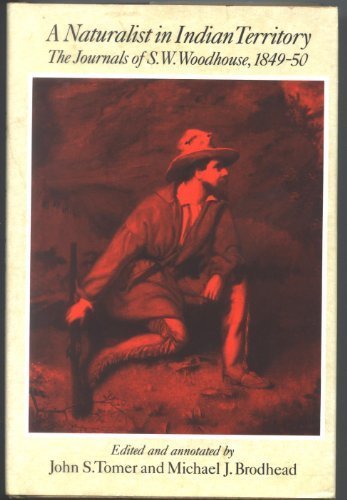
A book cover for A Naturalist in Indian Territory: The Journals of S.W. Woodhouse, 1849-50 (American Exploration and Travel Series); S. W. Woodhouse; Travel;